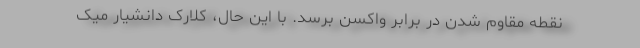
نقطه مقاوم شدن در برابر واکسن برسد. با این حال، کلارک دانشیار میک